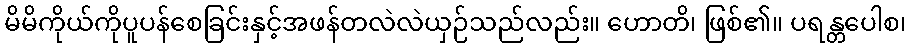
မိမိကိုယ်ကိုပူပန်စေခြင်းနှင့်အဖန်တလဲလဲယှဉ်သည်လည်း။ ဟောတိ၊ ဖြစ်၏။ ပရန္တပေါစ၊